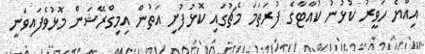
އިއްޔެ ހަވީރު ކުޅުނު ކުއާޓާގެ ފުރަތަމަ މެޗުގައި ކޮޅުފުށި އަތުން އިމިގްރޭޝަން މޮޅުވެފައިވަނީ